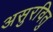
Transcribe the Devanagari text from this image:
असुरवितु